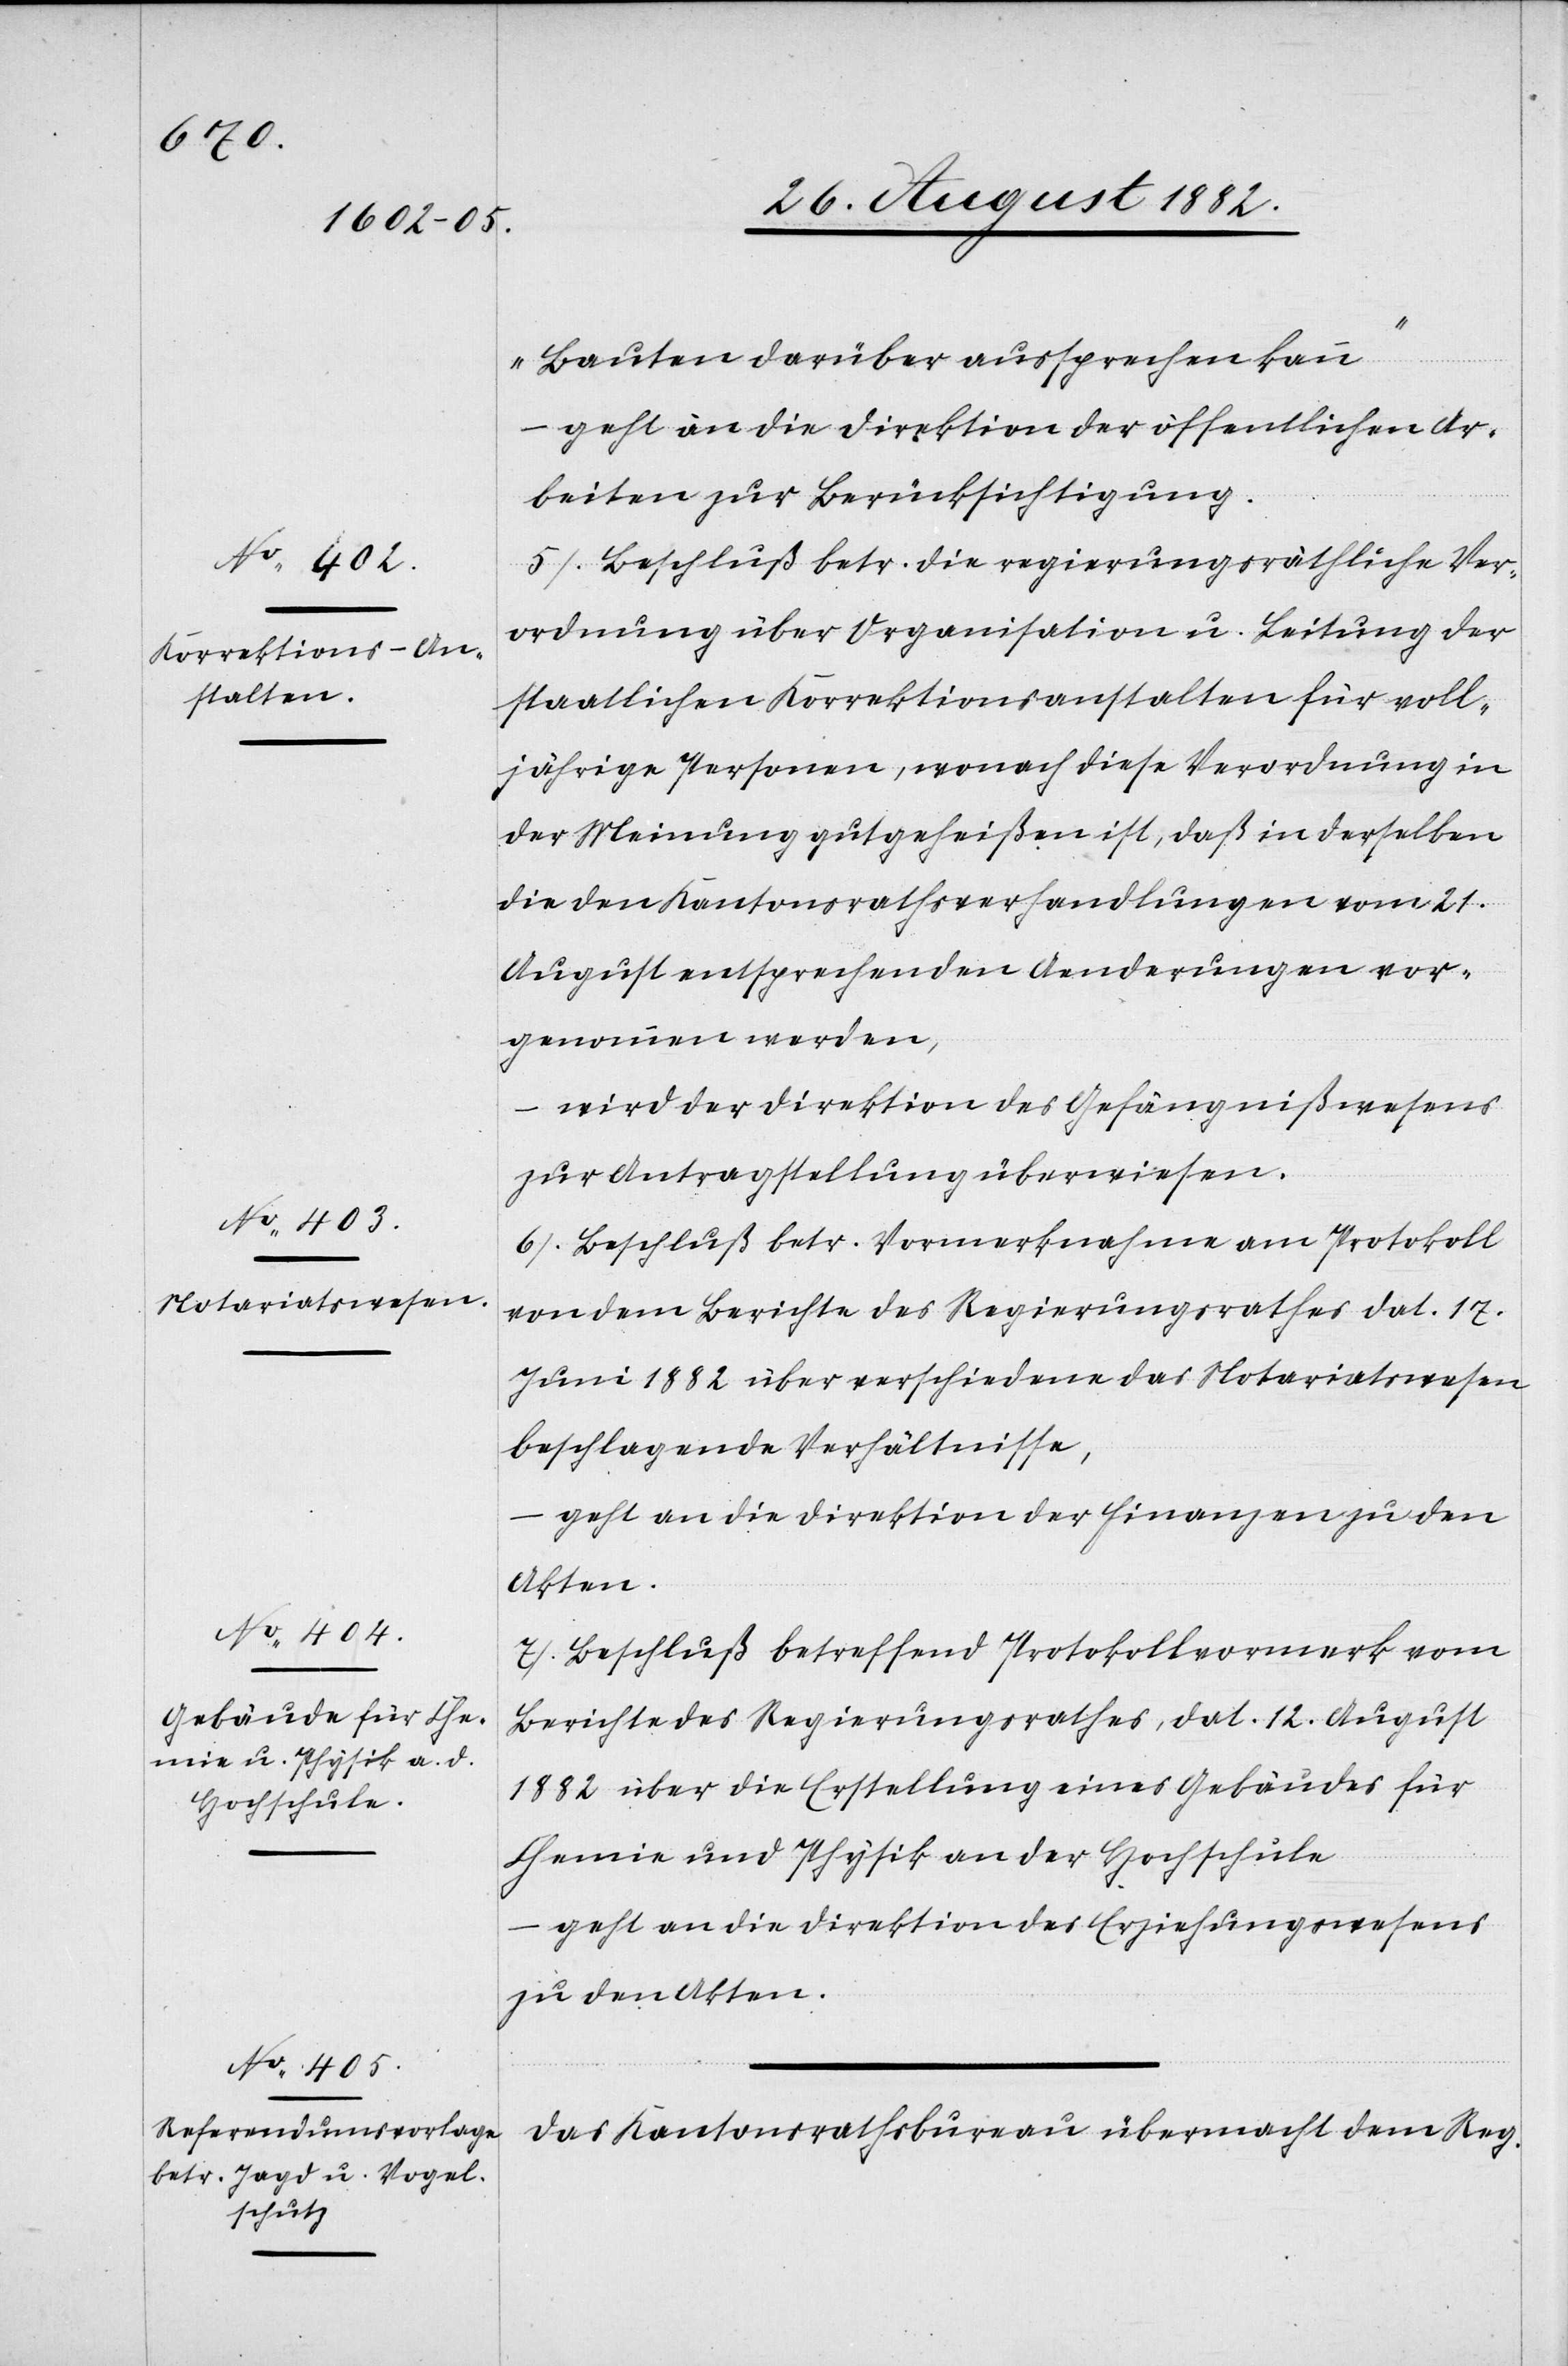
Bauten darüber aussprechen kann“
geht an die Direktion der öffentlichen Ar¬
beiten zur Berücksichtigung.
5) Beschluß betr. die regierungsräthliche Ver¬
ordnung über Organisation u. Leitung der
staatlichen Korrektionsanstalten für voll¬
jährige Personen, wonach diese Verordnung in
der Meinung gutgeheißen ist, daß in derselben
die den Kantonsrathsverhandlungen vom 21.
August entsprechenden Aenderungen vor¬
genommen werden,
– wird der Direktion des Gefängnißwesens
zur Antragstellung überwiesen.
6) Beschluß betr. Vormerknahme am Protokoll
von dem Berichte des Regierungsrathes dat. 17.
Juni 1882 über verschiedene das Notariatswesen
beschlagende Verhältnisse,
geht an die Direktion der Finanzen zu den
Akten.
7) Beschluß betreffend Protokollvormerk vom
Berichte des Regierungsrathes, dat. 12. August
1882 über die Erstellung eines Gebäudes für
Chemie und Physik an der Hochschule
geht an die Direktion des Erziehungswesens
zu den Akten.
Das Kantonsrathsbureau übermacht dem Reg.